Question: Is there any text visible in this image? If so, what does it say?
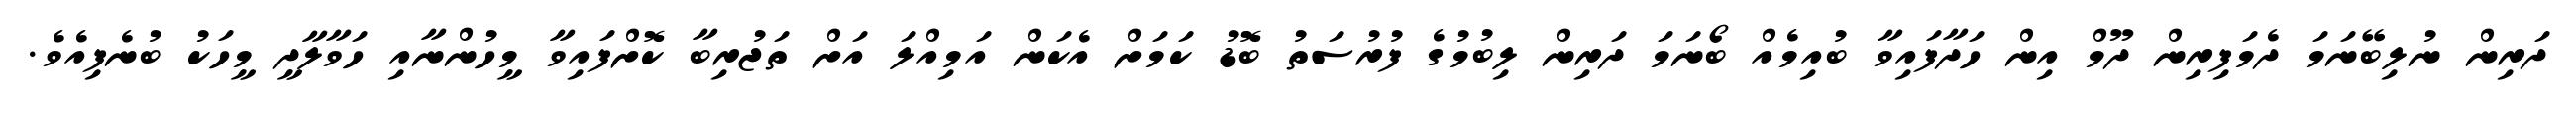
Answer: ދަރިން ނުލިބޭނަމަ ދެމަފިރިން ދޫމް އިން ހަދާފައިވާ ބުއިމެއް ބޯނަމަ ދަރިން ލިބުމުގެ ފުރުސަތު ބޮޑު ކަމަށް އެކަން އަމިއްލަ އަށް ތަޖުރިބާ ކޮށްފައިވާ މީހުންނާއި ހަވާލާދީ މީހަކު ބުނެފިއެވެ.